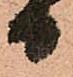
日